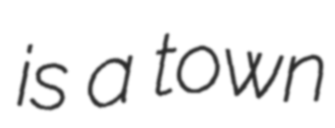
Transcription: is a town